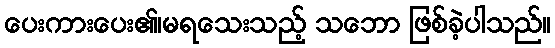
ပေးကားပေး၏၊မရသေးသည့် သဘော ဖြစ်ခဲ့ပါသည်။